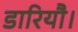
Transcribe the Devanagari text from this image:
डारियौ।